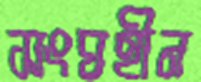
সংঘহীন